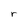
Character: r